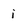
Character: i